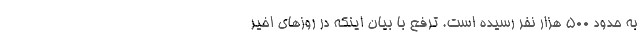
به حدود ۵۰۰ هزار نفر رسیده است. ترفع با بیان اینکه در روزهای اخیر